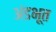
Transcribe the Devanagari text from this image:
अंडभूत